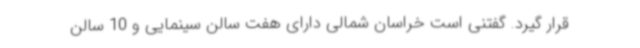
قرار گیرد. گفتنی است خراسان شمالی دارای هفت سالن سینمایی و 10 سالن